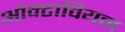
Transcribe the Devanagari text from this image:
ओक्टावियन